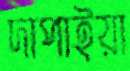
দাপাইয়া